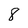
Character: 8